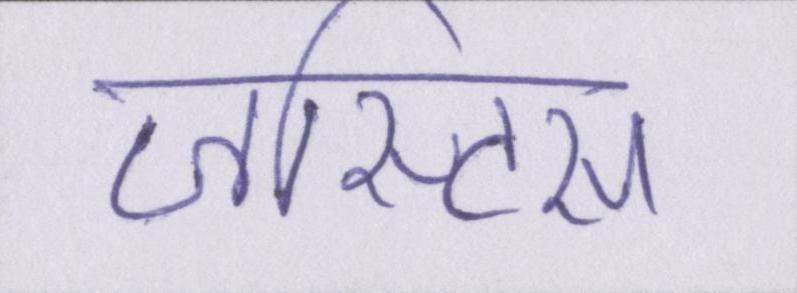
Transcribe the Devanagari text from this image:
जस्टिस